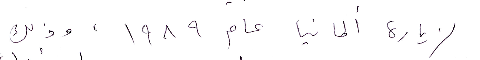
لزيارة ألمانيا عام ١۹٨۹  ، وذلك